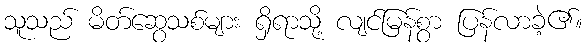
သူသည် မိတ်ဆွေသစ်များ ရှိရာသို့ လျင်မြန်စွာ ပြန်လာခဲ့၏။